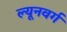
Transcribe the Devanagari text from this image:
ल्यूनवर्ग